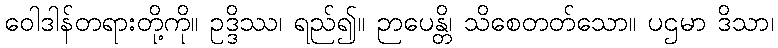
ဝေါဒါန်တရားတို့ကို။ ဥဒ္ဒိဿ၊ ရည်၍။ ဉာပေန္တိ၊ သိစေတတ်သော။ ပဌမာ ဒိသာ၊